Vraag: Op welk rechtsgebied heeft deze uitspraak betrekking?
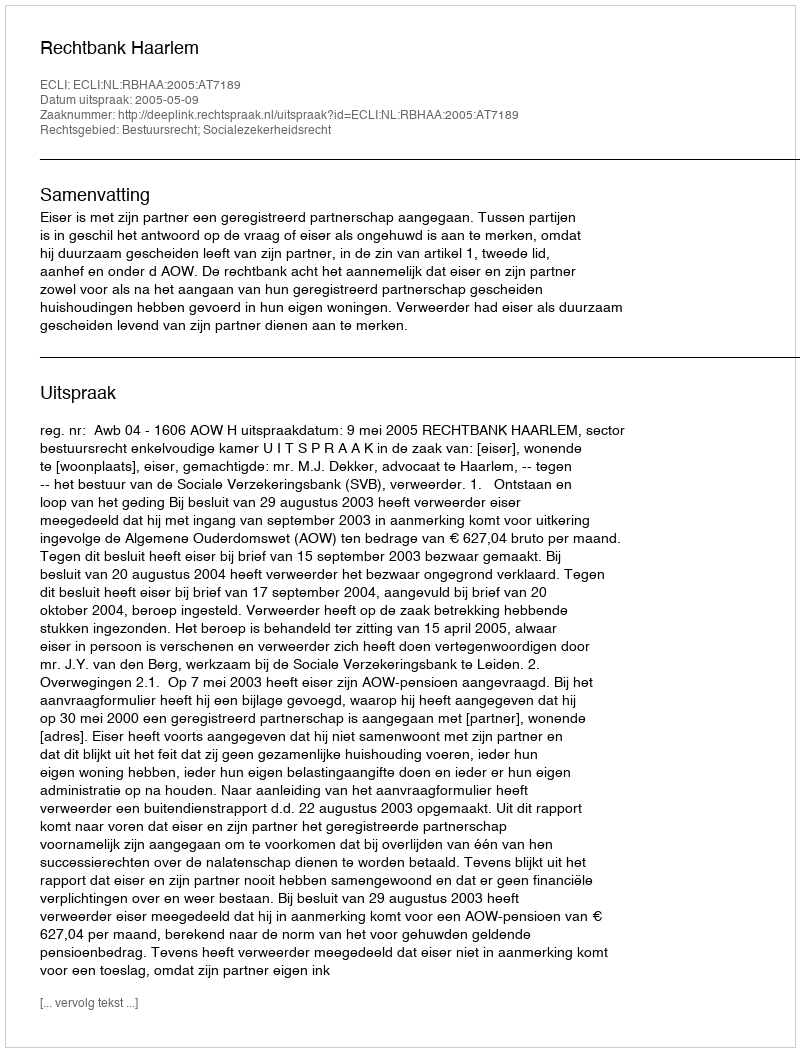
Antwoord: Bestuursrecht; Socialezekerheidsrecht